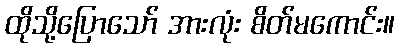
ထိုသို့ပြောသော် အားလုံး စိတ်မကောင်း။